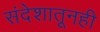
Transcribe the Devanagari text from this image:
संदेशातूनही